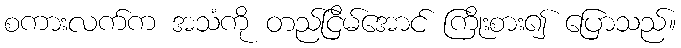
စကားလက်က အသံကို တည်ငြိမ်အောင် ကြိုးစား၍ ပြောသည်။